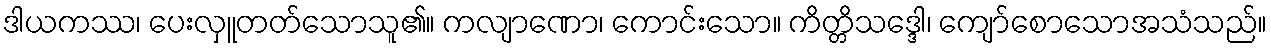
ဒါယကဿ၊ ပေးလှူတတ်သောသူ၏။ ကလျာဏော၊ ကောင်းသော။ ကိတ္တိသဒ္ဒေါ၊ ကျော်စောသောအသံသည်။